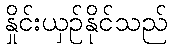
နှိုင်းယှဉ်နိုင်သည်